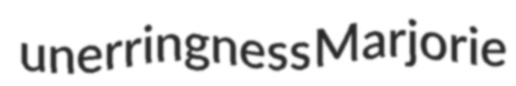
unerringness Marjorie